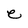
Character: e